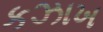
કઝાખ